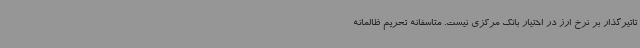
تاتیرگذار بر نرخ ارز در اختیار بانک مرکزی نیست. متاسفانه تحریم ظالمانه